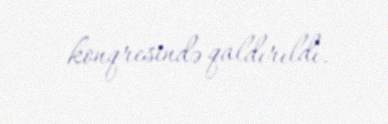
konqresində qaldırıldı.